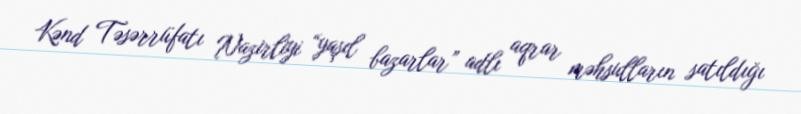
Kənd Təsərrüfatı Nazirliyi “yaşıl bazarlar” adlı aqrar məhsulların satıldığı